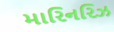
મારિનરિઝ